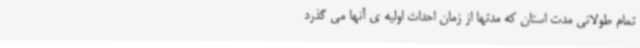
تمام طولانی مدت استان که مدتها از زمان احداث اولیه ی آنها می گذرد